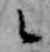
候